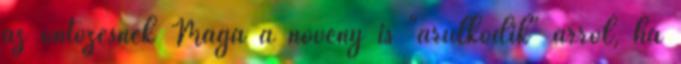
az öntözésnek Maga a növény is "árulkodik" arról, ha